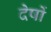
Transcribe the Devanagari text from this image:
देषों